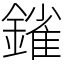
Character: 𨫠